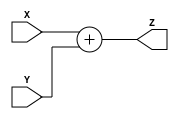
module ADD (Z, X, Y);
input [15:0] X, Y;
output reg [15:0] Z;
always @(*)
begin
Z= X + Y;
end
endmodule